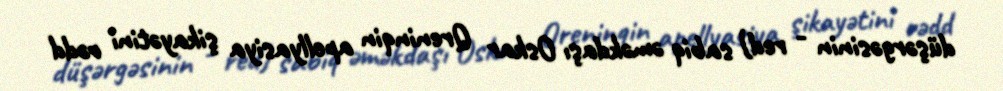
düşərgəsinin - red) sabiq əməkdaşı Oskar Qreninqin apellyasiya şikayətini rədd